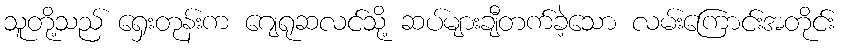
သူတို့သည် ရှေးတုန်းက ဂျေရုဆလင်သို့ ဆပ်များချီတက်ခဲ့သော လမ်းကြောင်းအတိုင်း